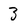
Character: 3